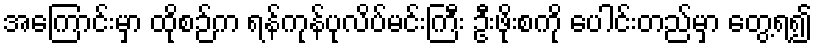
အကြောင်းမှာ ထိုစဉ်က ရန်ကုန်ပုလိပ်မင်းကြီး ဦးဖိုးစကို ပေါင်းတည်မှာ တွေ့ရ၍